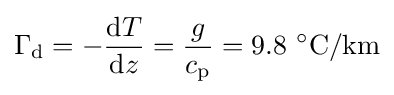
\Gamma _{\text{d}}=-{\frac {\mathrm {d} T}{\mathrm {d} z}}={\frac {g}{c_{\text{p}}}}=9.8\ ^{\circ }{\text{C}}/{\text{km}}